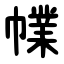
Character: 㡤